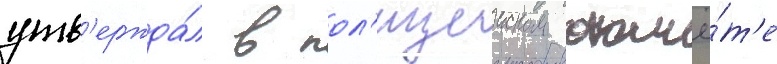
утв'ержда́л в пол'ицеиском отчё́т'е